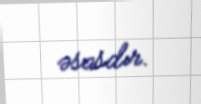
əsasdır.